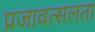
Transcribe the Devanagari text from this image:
प्रजावत्सलता